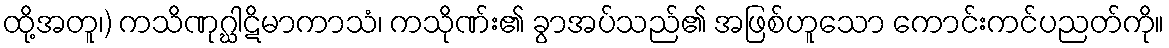
ထို့အတူ၊) ကသိဏုဂ္ဃါဋိမာကာသံ၊ ကသိုဏ်း၏ ခွာအပ်သည်၏ အဖြစ်ဟူသော ကောင်းကင်ပညတ်ကို။